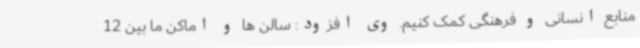
منابع انسانی و فرهنگی کمک کنیم. وی افزود: سالن ها و اماکن ما بین 12